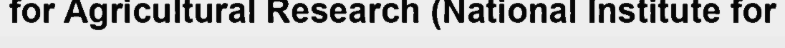
for Agricultural Research (National Institute for